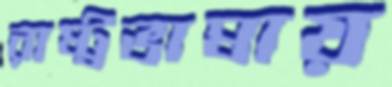
রাষ্ট্রভাষায়